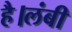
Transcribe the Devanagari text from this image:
है।लंबी